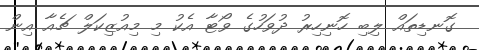
ގޮނޑިތައް ލިބި ހޮނިހިރު ދުވަހުގެ ވޯޓާ އެކު މި މިއުޒިކަލް ޗެއާ އިން